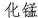
化锰